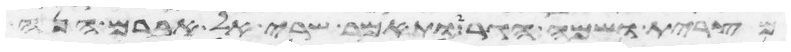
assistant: מצרית ושמה הגר ותאמר שרי אל אברם הנה